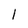
Character: l